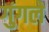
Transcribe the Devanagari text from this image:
गुंगले